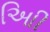
આિી